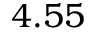
4 . 5 5